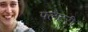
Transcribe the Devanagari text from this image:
फ्लैटरी